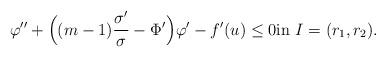
LaTeX: \begin{align*}\varphi'' + \Big((m-1)\frac{\sigma'}{\sigma}-\Phi'\Big)\varphi'-f'(u)\leq 0 \textnormal{in}\ I=(r_1,r_2).\end{align*}